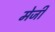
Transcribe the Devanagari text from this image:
मेजी